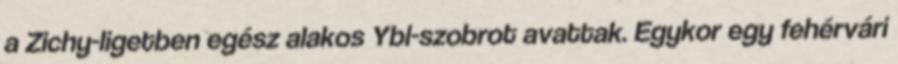
a Zichy-ligetben egész alakos Ybl-szobrot avattak. Egykor egy fehérvári